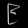
Digit: ၉